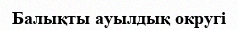
Балықты ауылдық округі